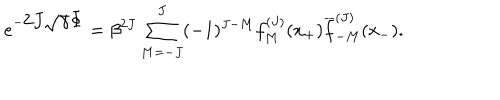
LaTeX: e ^ { - \displaystyle 2 J \sqrt { \gamma } \Phi } = \beta ^ { 2 J } \sum _ { M = - J } ^ { J } ( - 1 ) ^ { J - M } f _ { M } ^ { ( J ) } ( x _ { + } ) \overline { { f } } _ { - M } ^ { ( J ) } ( x _ { - } ) .